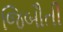
જિબૌતી